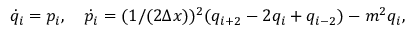
\dot { q } _ { i } = p _ { i } , \quad \dot { p } _ { i } = ( 1 / ( 2 \Delta x ) ) ^ { 2 } ( q _ { i + 2 } - 2 q _ { i } + q _ { i - 2 } ) - m ^ { 2 } q _ { i } ,